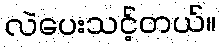
လဲပေးသင့်တယ်။